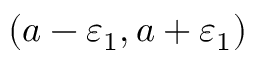
( a - \varepsilon _ { 1 } , a + \varepsilon _ { 1 } )